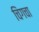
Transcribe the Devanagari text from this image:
चिंगचा